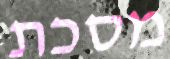
מסכת